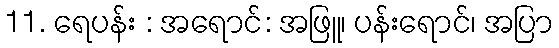
11. ရေပန်း : အရောင်: အဖြူ၊ ပန်းရောင်၊ အပြာ